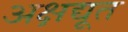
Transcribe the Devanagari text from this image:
अक्षद्यूत